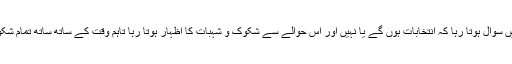
منگل کو پریس کانفرنس سے خطاب کرتے ہوئے ڈی جی آئی ایس پی آر نے کہا کہ ہر پریس کانفرنس میں سوال ہوتا رہا کہ انتخابات ہوں گے یا نہیں اور اس حوالے سے شکوک و شہبات کا اظہار ہوتا رہا تاہم وقت کے ساتھ ساتھ تمام شکوک و شہبات نے دم توڑدیا ہے اور اللہ کا شکر ہے کہ پاکستان ایک بار پھر الیکشن کی طرف جارہا ہے ۔